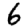
Digit: 6